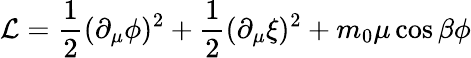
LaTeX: {\cal L}=\frac{1}{2}(\partial_{\mu}\phi)^{2}+\frac{1}{2}(\partial_{\mu}\xi)^{2}+m_{0}\mu\cos\beta\phi